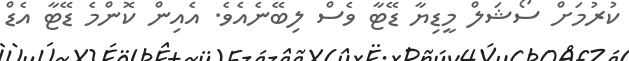
ކުރުމަށް ސޯޝަލް މީޑިޔާ ޑޭޓާ ވެސް ލިބޭނެއެވެ. އެއިން ކޮންމެ ޑޭޓާ އެޑް